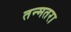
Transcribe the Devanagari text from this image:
तन्मतरा